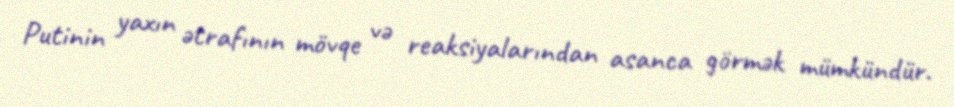
Putinin yaxın ətrafının mövqe və reaksiyalarından asanca görmək mümkündür.